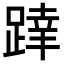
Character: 𨂧